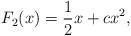
LaTeX: \begin{align*}F_2(x) = \frac{1}{2} x + c x^2,\end{align*}